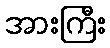
အားကြီး